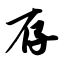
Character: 存